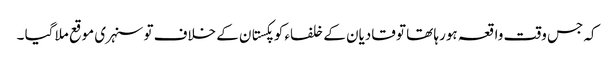
کہ جس وقت واقعہ ہورہا تھا تو قادیان کے خلفاء کو پکستان کے خلاف تو سنہری موقع ملا گیا ۔